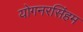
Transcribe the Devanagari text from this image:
योगनरसिंहम